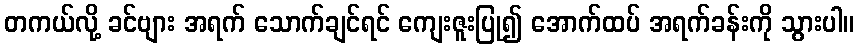
တကယ်လို့ ခင်ဗျား အရက် သောက်ချင်ရင် ကျေးဇူးပြု၍ အောက်ထပ် အရက်ခန်းကို သွားပါ။